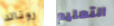
رونالد التعليم